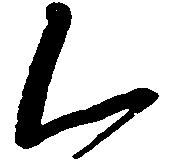
く